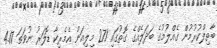
ބާތިލްކުރުމުން ގެއްލުމުގެ ބަދަލެއްގެ ގޮތުގައި 271 މިލިއަން އެމެރިކާ ޑޮލަރު ނުވަތަ 4.17